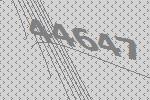
44647